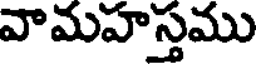
వామహస్తము